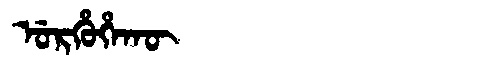
Manchu: ᡠᡵᡥᡠᡥᠠᡴᡡ
Romanization: URHUHAKŪ